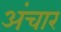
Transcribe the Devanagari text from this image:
अंचार